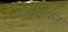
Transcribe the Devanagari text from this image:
नाझरकर